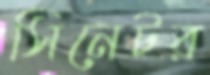
সিনেটর